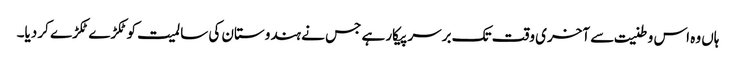
ہاں وہ اس وطنیت سے آخری وقت تک برسر پیکار ہے جس نے ہندوستان کی سالمیت کو ٹکڑے ٹکڑے کر دیا۔